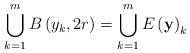
LaTeX: \begin{align*}\bigcup_{k=1}^{m}B\left( y_{k},2r\right) =\bigcup_{k=1}^{m}E\left( \mathbf{y}\right) _{k} \end{align*}